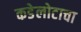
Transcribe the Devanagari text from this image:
कडेलोटाचा